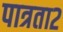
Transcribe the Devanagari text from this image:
पात्रता२